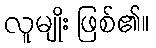
လူမျိုး ဖြစ်၏။